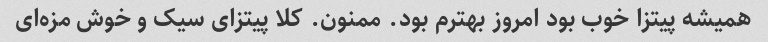
همیشه پیتزا خوب بود امروز بهترم بود. ممنون. کلا پیتزای سیک و خوش مزه‌ای